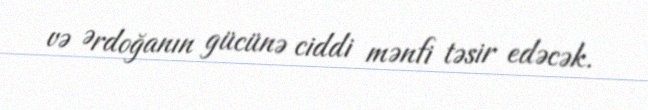
və Ərdoğanın gücünə ciddi mənfi təsir edəcək.